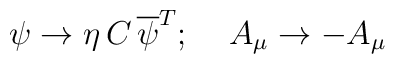
\psi\rightarrow \eta\, C\,\overline{\psi}^{T}; \;\;\;\; A_{\mu}\rightarrow-A_{\mu}